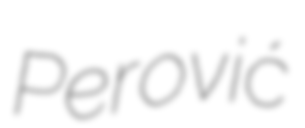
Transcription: Perović